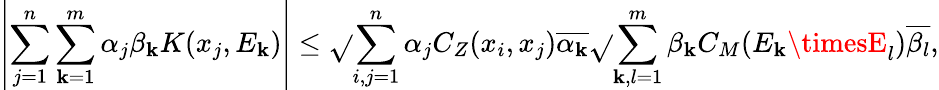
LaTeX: \left|\sum_{j=1}^{n}\sum_{\mathbf{k}=1}^{m}\alpha_{j}\beta_{\mathbf{k}}K(x_{j},E_{\mathbf{k}})\right|\leq\sqrt{}{{\sum_{i,j=1}^{n}\alpha_{j}C_{Z}(x_{i},x_{j})\overline{{{\alpha_{\mathbf{k}}}}}}}\sqrt{}{{\sum_{\mathbf{k},l=1}^{m}\beta_{\mathbf{k}}C_{M}(E_{\mathbf{k}}\timesE_{l})\overline{{{\beta_{l}}}}}},